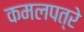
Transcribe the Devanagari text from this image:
कमलपत्रे